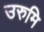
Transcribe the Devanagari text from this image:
उरुमि